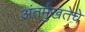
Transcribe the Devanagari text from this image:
अंतर्मुखतेचे